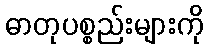
ဓာတုပစ္စည်းများကို